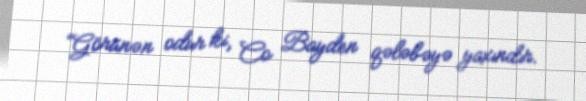
“Görünən odur ki, Co Bayden qələbəyə yaxındır.